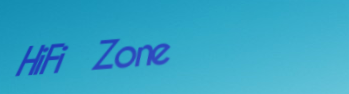
HiFi Zone